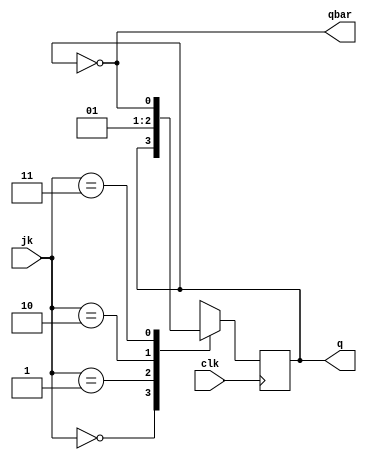
`timescale 1ns / 1ps
//////////////////////////////////////////////////////////////////////////////////
// Company: 
// Engineer: 
// 
// Design Name: 
// Module Name: JKFF
// Project Name: 
// Target Devices: 
// Tool Versions: 
// Description: 
// 
// Dependencies: 
// 
// Revision:
// Revision 0.01 - File Created
// Additional Comments:
// 
//////////////////////////////////////////////////////////////////////////////////


module JKFF(jk,clk,q,qbar);
input [1:0] jk;
input clk;
output reg q;
output qbar;

always@(posedge clk)
    begin
   case(jk)
        2'b00 : q = q;
        2'b01 : q = 0;
        2'b10 : q = 1;
        2'b11 : q = ~q;
   endcase
   end
   assign qbar = ~q;
endmodule